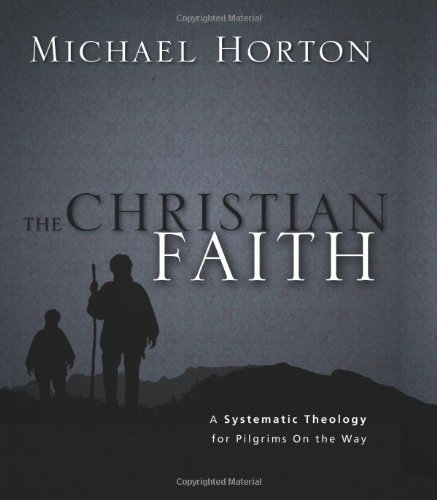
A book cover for The Christian Faith: A Systematic Theology for Pilgrims on the Way; Michael Horton; Christian Books & Bibles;